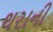
થરાની